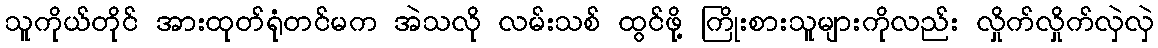
သူကိုယ်တိုင် အားထုတ်ရုံတင်မက အဲသလို လမ်းသစ် ထွင်ဖို့ ကြိုးစားသူများကိုလည်း လှိုက်လှိုက်လှဲလှဲ